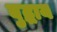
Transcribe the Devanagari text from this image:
बुद्धाय